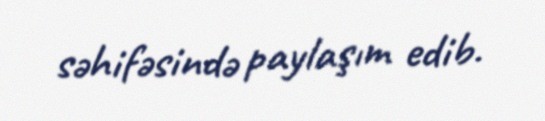
səhifəsində paylaşım edib.